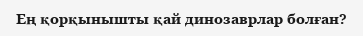
Ең қорқынышты қай динозаврлар болған?